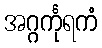
အဂ္ဂင်္ကုရကံ